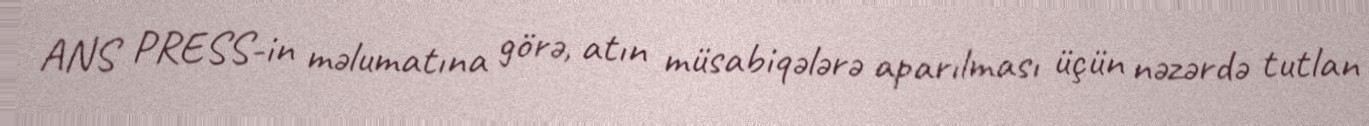
ANS PRESS-in məlumatına görə, atın müsabiqələrə aparılması üçün nəzərdə tutlan